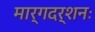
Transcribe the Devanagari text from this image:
मार्गदर्शनः